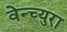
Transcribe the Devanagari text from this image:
वेन्च्युरा